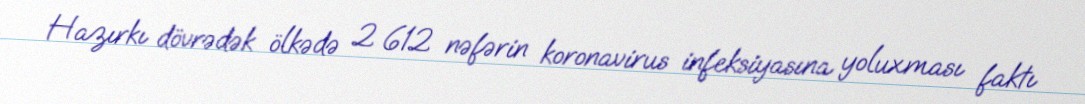
Hazırkı dövrədək ölkədə 2 612 nəfərin koronavirus infeksiyasına yoluxması faktı